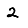
Digit: 2